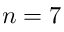
n = 7